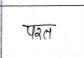
मजकूर: परत